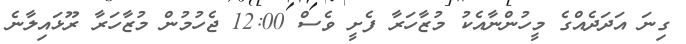
ގިނަ އަދަދެއްގެ މީހުންނާއެކު މުޒާހަރާ ފެށީ ވެސް 12:00 ޖެހުމުން މުޒާހަރާ ރޫޅައިލާނެ